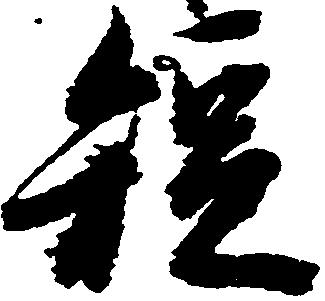
短